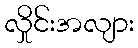
လှိုင်းအလျား